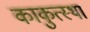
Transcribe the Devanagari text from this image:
काकुत्स्था